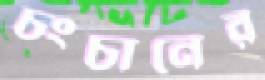
চংচানের